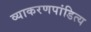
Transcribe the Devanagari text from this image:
व्याकरणपांडित्य